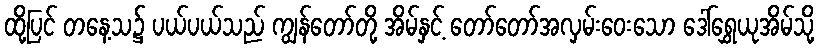
ထို့ပြင် တနေ့သ၌ ပယ်ပယ်သည် ကျွန်တော်တို့ အိမ်နှင့် တော်တော်အလှမ်းဝေးသော ဒေါ်ရွှေယုအိမ်သို့